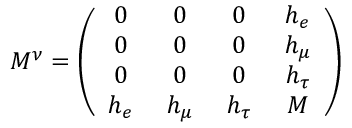
M ^ { \nu } = \left( \begin{array} { c c c c } { { 0 \, } } & { { \, 0 \, } } & { { \, 0 \, } } & { { \, h _ { e } } } \\ { { 0 \, } } & { { \, 0 \, } } & { { \, 0 \, } } & { { \, h _ { \mu } } } \\ { { 0 \, } } & { { \, 0 \, } } & { { \, 0 \, } } & { { \, h _ { \tau } } } \\ { { h _ { e } \, } } & { { \, h _ { \mu } \, } } & { { \, h _ { \tau } \, } } & { { \, M } } \end{array} \right)